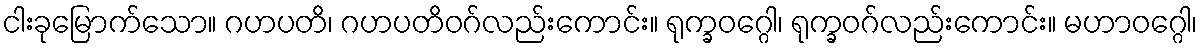
ငါးခုမြောက်သော။ ဂဟပတိ၊ ဂဟပတိဝဂ်လည်းကောင်း။ ရုက္ခဝဂ္ဂေါ၊ ရုက္ခဝဂ်လည်းကောင်း။ မဟာဝဂ္ဂေါ၊